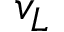
v _ { L }